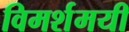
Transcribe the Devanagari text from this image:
विमर्शमयी